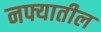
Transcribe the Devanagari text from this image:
नफ्यातील